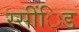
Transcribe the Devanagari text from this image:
स्सींिड